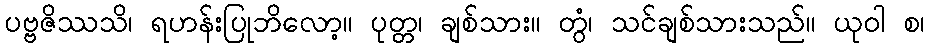
ပဗ္ဗဇိဿသိ၊ ရဟန်းပြုဘိလော့။ ပုတ္တ၊ ချစ်သား။ တွံ၊ သင်ချစ်သားသည်။ ယုဝါ စ၊